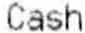
CASH